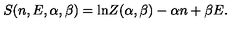
S ( n , E , \alpha , \beta ) = \mathrm { l n } Z ( \alpha , \beta ) - \alpha n + \beta E .